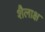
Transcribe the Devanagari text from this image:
शैलाक्ष